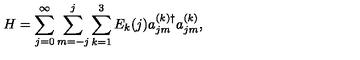
H = \sum _ { j = 0 } ^ { \infty } \sum _ { m = - j } ^ { j } \sum _ { k = 1 } ^ { 3 } E _ { k } ( j ) a _ { j m } ^ { ( k ) \dag } a _ { j m } ^ { ( k ) } ,